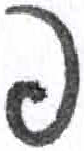
אות: פ